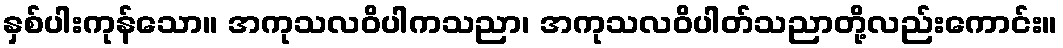
နှစ်ပါးကုန်သော။ အကုသလဝိပါကသညာ၊ အကုသလဝိပါတ်သညာတို့လည်းကောင်း။